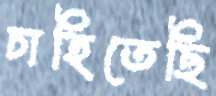
চাহিতেছি